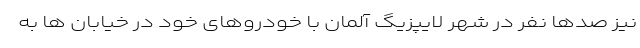
نیز صدها نفر در شهر لایپزیگ آلمان با خودروهای خود در خیابان ها به